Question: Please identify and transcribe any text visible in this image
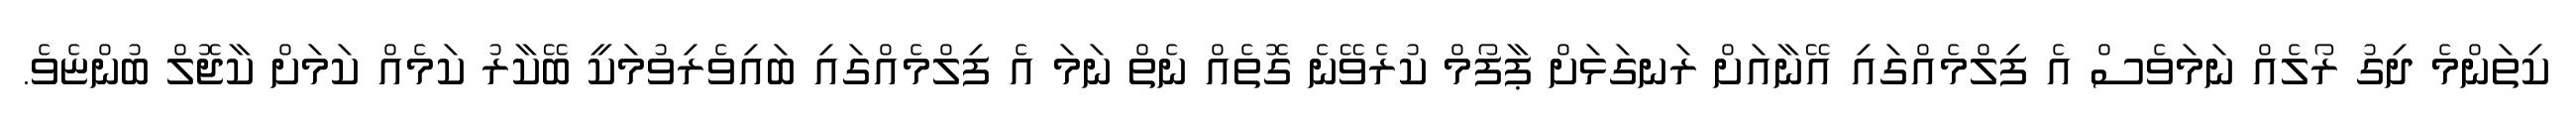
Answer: ކިތަންމެ ދިގު ރޯލެއް ނަމަވެސް އެ ފިލްމެއްގައި އޭނާއަށް ރަނގަޅަށް ޕާފޯމް ކުރެވޭނެ ގޮތެއް ނެތް ނަމަ އެ ފިލްމެއްގައި ބައިވެރިވުމަކީ ބޭކާރު ކަމެއް ކަމަށް ކާޖޮލް ބުންޏެވެ.